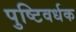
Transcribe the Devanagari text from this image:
पुष्टिवर्धक